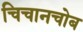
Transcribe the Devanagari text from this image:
चिचानचोब